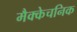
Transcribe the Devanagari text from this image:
मैक्केचनिक